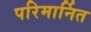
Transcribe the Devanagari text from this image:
परिमार्नित